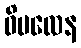
ဝိမလေန